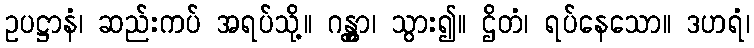
ဥပဋ္ဌာနံ၊ ဆည်းကပ် အရပ်သို့။ ဂန္တွာ၊ သွား၍။ ဌိတံ၊ ရပ်နေသော။ ဒဟရံ၊